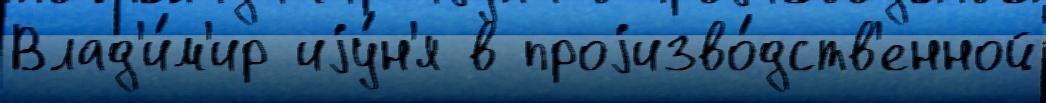
Влад'и́м'ир иjу́н'я в проjизво́дств'енной